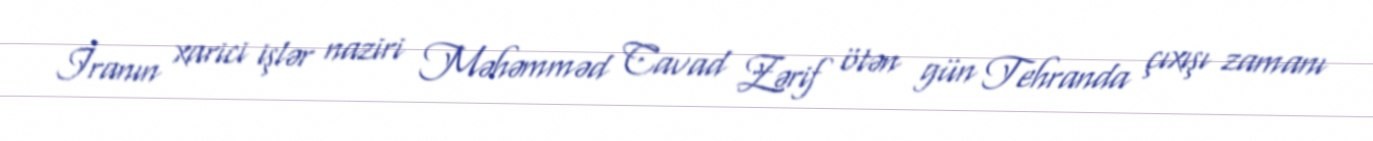
İranın xarici işlər naziri Məhəmməd Cavad Zərif ötən gün Tehranda çıxışı zamanı